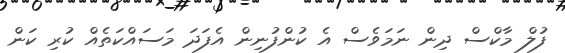
ފުލް މާކްސް ދިން ނަމަވެސް އެ ކުންފުނިން އެފަދަ މަސައްކަތެއް ކުރި ކަން